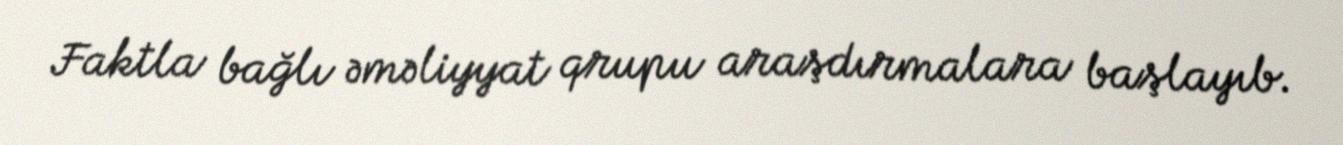
Faktla bağlı əməliyyat qrupu araşdırmalara başlayıb.